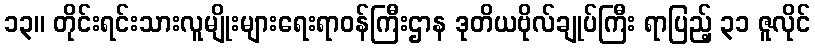
၁၃။ တိုင်းရင်းသားလူမျိုးများရေးရာဝန်ကြီးဌာန ဒုတိယဗိုလ်ချုပ်ကြီး ရာပြည့် ၃၁ ဇူလိုင်